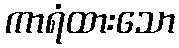
ကာရံထားသော